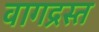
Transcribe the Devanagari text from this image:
वागद्रस्त